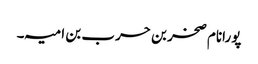
پورانام صخر بن حرب بن امیہ۔